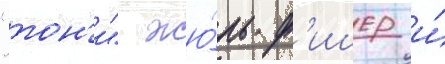
"тон'и" жю́ль ф'ишер и́